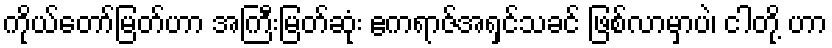
ကိုယ်တော်မြတ်ဟာ အကြီးမြတ်ဆုံး ဧကရာဇ်အရှင်သခင် ဖြစ်လာမှာပဲ၊ ငါတို့ ဟာ